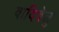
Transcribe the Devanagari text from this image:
वादिवेलु